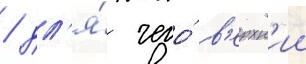
/ дл'я́ чего́ в'ерхн'ии